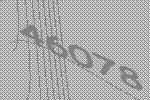
46078